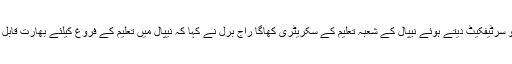
کٹھمنڈو میں طالب علموں کو سرٹیفکیٹ دیتے ہوئے نیپال کے شعبہ تعلیم کے سکریٹری کھاگا راج برل نے کہا کہ نیپال میں تعلیم کے فروغ کیلئے بھارت قابل قدر حمایت فراہم کررہا ہے۔